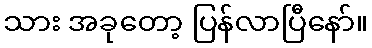
သား အခုတော့ ပြန်လာပြီနော်။